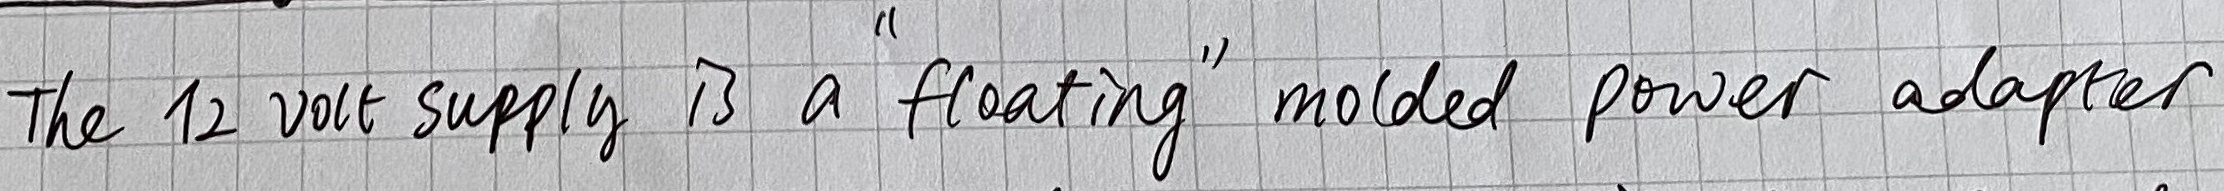
Text: The12 volt supply is a "floating" molded power adapter